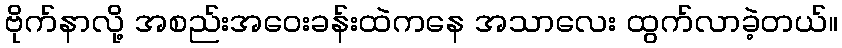
ဗိုက်နာလို့ အစည်းအဝေးခန်းထဲကနေ အသာလေး ထွက်လာခဲ့တယ်။